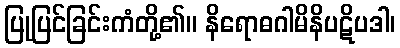
ပြုပြင်ခြင်းကံတို့၏။ နိရောဓဂါမိနိပဋိပဒါ၊